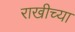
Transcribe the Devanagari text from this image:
राखीच्या